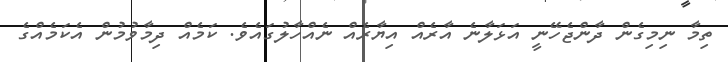
ތިމާ ނިމިގެން ދާންޖެހޭނީ އަޅަލާނެ އާރެއް އިޔާރެއް ނެއްހާލުގައެވެ. ކަމެއް ދިމާވުމުން އެކަމެއްގެ